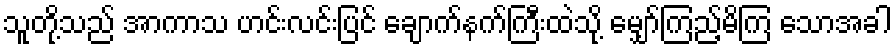
သူတို့သည် အာကာသ ဟင်းလင်းပြင် ချောက်နက်ကြီးထဲသို့ မျှော်ကြည့်မိကြ သောအခါ